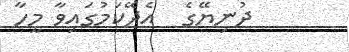
ދުނިޔޭގެ  އެދޭކަމުގައިވާ މީހާ